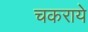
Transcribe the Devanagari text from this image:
चकराये